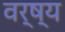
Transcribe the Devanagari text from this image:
वर्ष्य